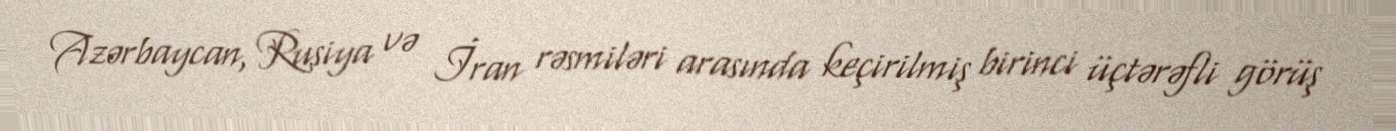
Azərbaycan, Rusiya və İran rəsmiləri arasında keçirilmiş birinci üçtərəfli görüş